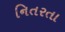
નિતરતા